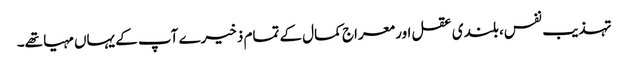
تہذیب نفس، بلندی عقل اور معراج کمال کے تمام ذخیرے آپ کے یہاں مہیا تھے۔